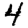
Digit: 4